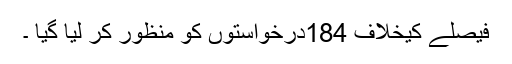
فیصلے کیخلاف 184درخواستوں کو منظور کر لیا گیا ۔